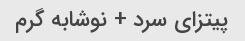
پیتزای سرد + نوشابه گرم